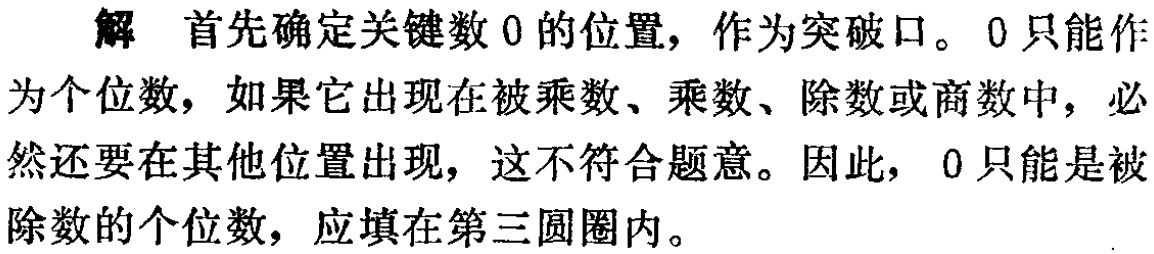
解 首先确定关键数 0 的位置，作为突破口。0 只能作为个位数，如果它出现在被乘数、乘数、除数或商数中，必然还要在其他位置出现，这不符合题意。因此，0 只能是被除数的个位数，应填在第三圆圈内。